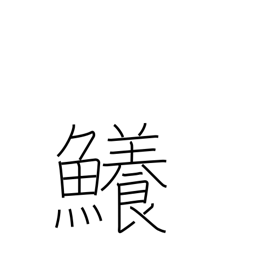
Meaning: shark